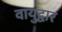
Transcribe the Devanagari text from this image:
वायुद्वार